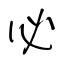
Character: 必